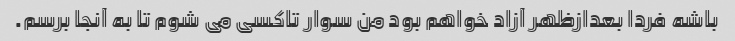
باشه فردا بعدازظهر آزاد خواهم بود من سوار تاکسی می شوم تا به آنجا برسم.